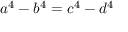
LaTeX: a ^ { 4 } - b ^ { 4 } = c ^ { 4 } - d ^ { 4 }